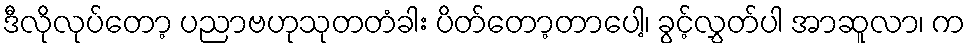
ဒီလိုလုပ်တော့ ပညာဗဟုသုတတံခါး ပိတ်တော့တာပေါ့၊ ခွင့်လွှတ်ပါ အာဆူလာ၊ က